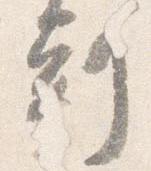
刻